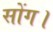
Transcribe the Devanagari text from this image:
सोंग।